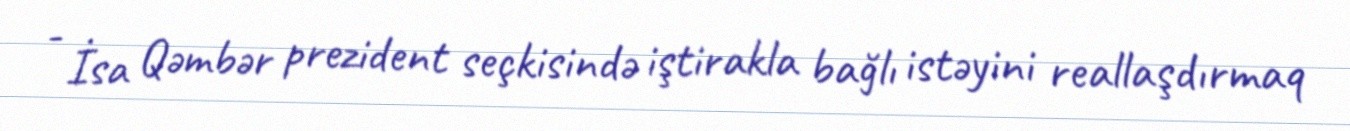
- İsa Qəmbər prezident seçkisində iştirakla bağlı istəyini reallaşdırmaq